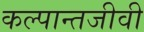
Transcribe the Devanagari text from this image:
कल्पान्तजीवी